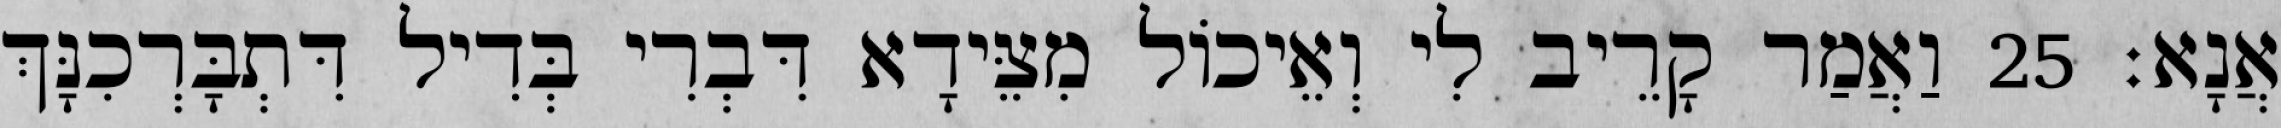
אֲנָא׃ 25 וַאֲמַר קָרֵיב לִי וְאֵיכוֹל מִצֵּידָא דִּבְרִי בְּדִיל דִּתְבָּרְכִנָּךְ